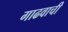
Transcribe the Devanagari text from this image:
गाढवाची